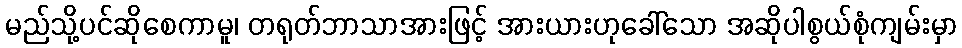
မည်သို့ပင်ဆိုစေကာမူ၊ တရုတ်ဘာသာအားဖြင့် အားယားဟုခေါ်သော အဆိုပါစွယ်စုံကျမ်းမှာ